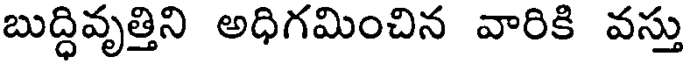
బుద్ధివృత్తిని అధిగమించిన వారికి వస్తు